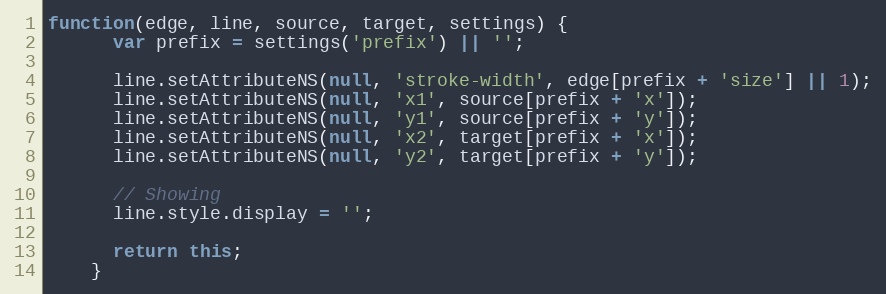
Language: JavaScript
function(edge, line, source, target, settings) {
      var prefix = settings('prefix') || '';

      line.setAttributeNS(null, 'stroke-width', edge[prefix + 'size'] || 1);
      line.setAttributeNS(null, 'x1', source[prefix + 'x']);
      line.setAttributeNS(null, 'y1', source[prefix + 'y']);
      line.setAttributeNS(null, 'x2', target[prefix + 'x']);
      line.setAttributeNS(null, 'y2', target[prefix + 'y']);

      // Showing
      line.style.display = '';

      return this;
    }